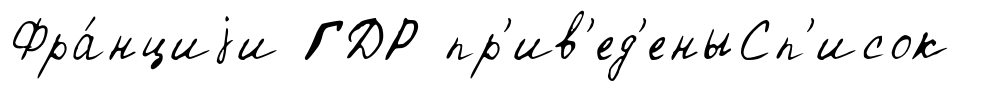
Фра́нциjи ГДР пр'ив'ед'еныСп'исок